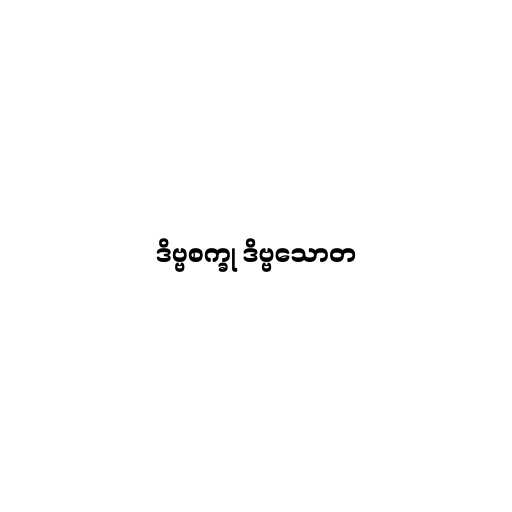
ဒိဗ္ဗစက္ခု ဒိဗ္ဗသောတ